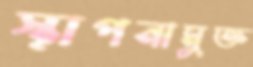
স্থাপনামুক্ত